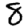
Digit: 8